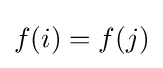
f(i)=f(j)